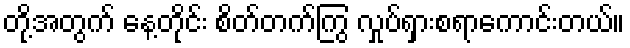
တို့အတွက် နေ့တိုင်း စိတ်တက်ကြွ လှုပ်ရှားစရာကောင်းတယ်။